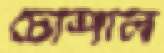
চৌশাল